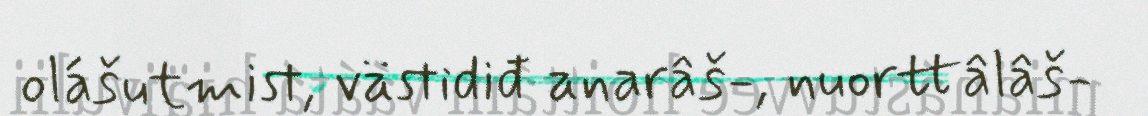
olášutmist, västidiđ anarâš-, nuorttâlâš-